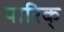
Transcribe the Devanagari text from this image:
पारिक्